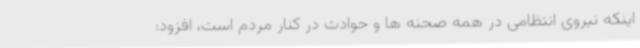
اینکه نیروی انتظامی در همه صحنه ها و حوادث در کنار مردم است، افزود: